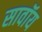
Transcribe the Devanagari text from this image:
सावॉय